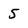
Character: 5